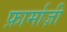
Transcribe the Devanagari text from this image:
फ़ार्माज़ी